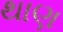
થાણ